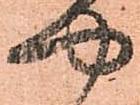
や